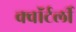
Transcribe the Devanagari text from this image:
क्वॉर्टर्ली